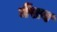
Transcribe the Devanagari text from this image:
मेंसब